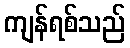
ကျန်ရစ်သည်